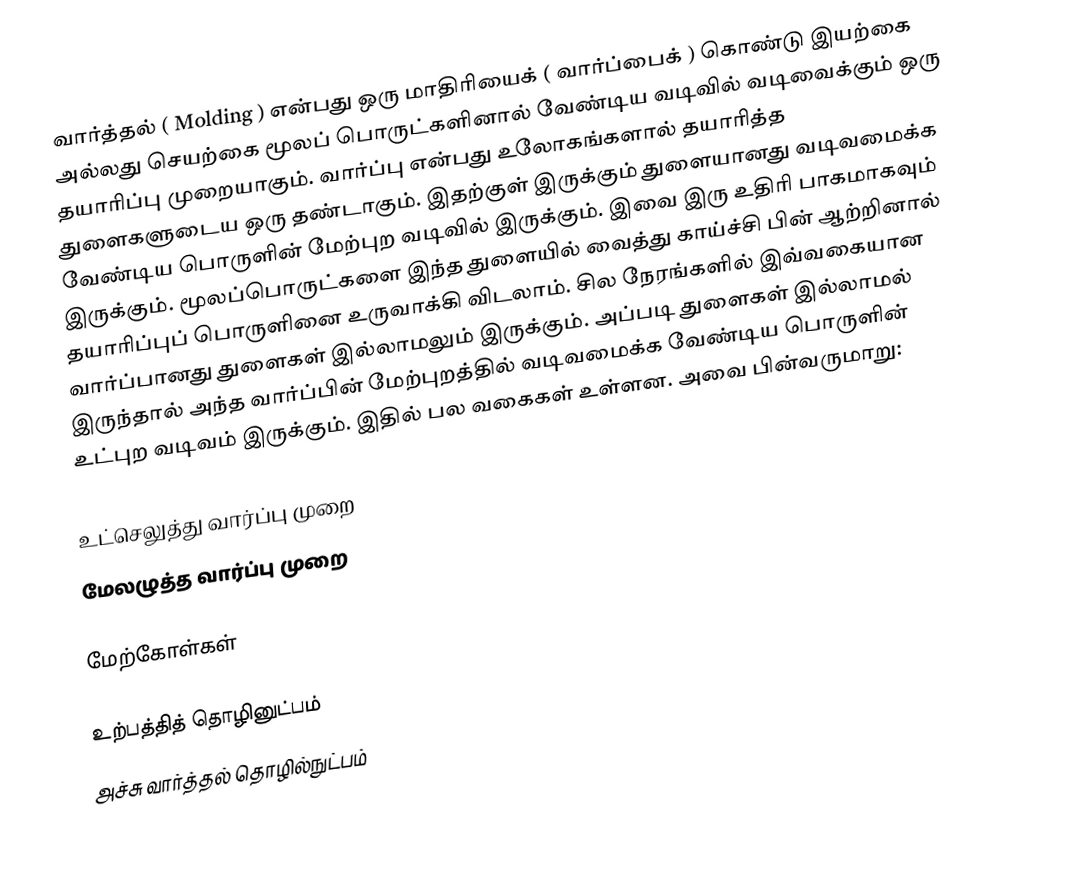
வார்த்தல் ( Molding ) என்பது ஒரு மாதிரியைக் ( வார்ப்பைக் ) கொண்டு இயற்கை அல்லது செயற்கை மூலப் பொருட்களினால் வேண்டிய வடிவில் வடிவைக்கும் ஒரு தயாரிப்பு முறையாகும். வார்ப்பு என்பது உலோகங்களால் தயாரித்த துளைகளுடைய ஒரு தண்டாகும். இதற்குள் இருக்கும் துளையானது வடிவமைக்க வேண்டிய பொருளின் மேற்புற வடிவில் இருக்கும். இவை இரு உதிரி பாகமாகவும் இருக்கும். மூலப்பொருட்களை இந்த துளையில் வைத்து காய்ச்சி பின் ஆற்றினால் தயாரிப்புப் பொருளினை உருவாக்கி விடலாம். சில நேரங்களில் இவ்வகையான வார்ப்பானது துளைகள் இல்லாமலும் இருக்கும். அப்படி துளைகள் இல்லாமல் இருந்தால் அந்த வார்ப்பின் மேற்புறத்தில் வடிவமைக்க வேண்டிய பொருளின் உட்புற வடிவம் இருக்கும். இதில் பல வகைகள் உள்ளன. அவை பின்வருமாறு:

 உட்செலுத்து வார்ப்பு முறை
 மேலழுத்த வார்ப்பு முறை

மேற்கோள்கள்

உற்பத்தித் தொழினுட்பம்
அச்சு வார்த்தல் தொழில்நுட்பம்